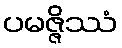
ပမဇ္ဇိဿံ